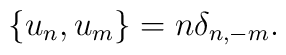
\{u_n,u_m\} = n \delta_{n,-m}.